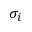
\sigma _ { i }